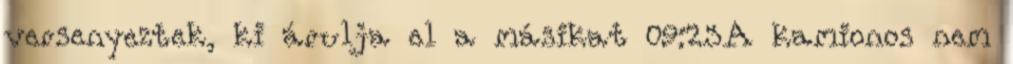
versenyeztek, ki árulja el a másikat 09:23A kamionos nem